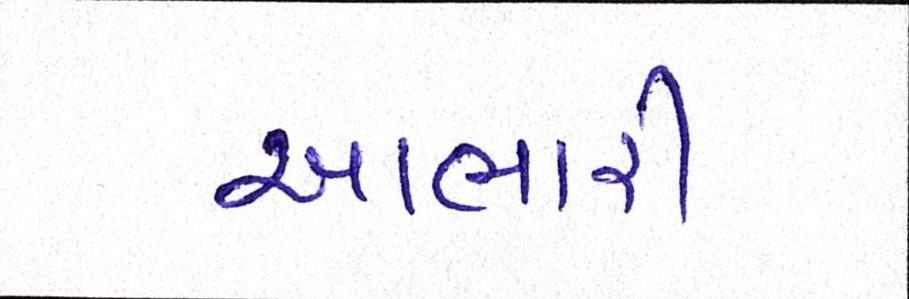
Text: આભારી